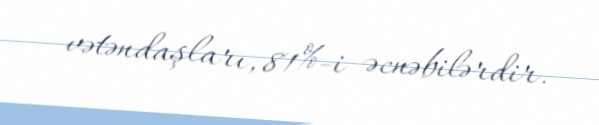
vətəndaşları, 81%-i əcnəbilərdir.